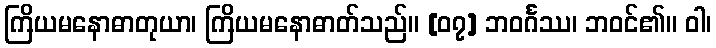
ကြိယမနောဓာတုယာ၊ ကြိယမနောဓာတ်သည်။ [၀၇] ဘဝင်္ဂဿ၊ ဘဝင်၏။ ဝါ၊